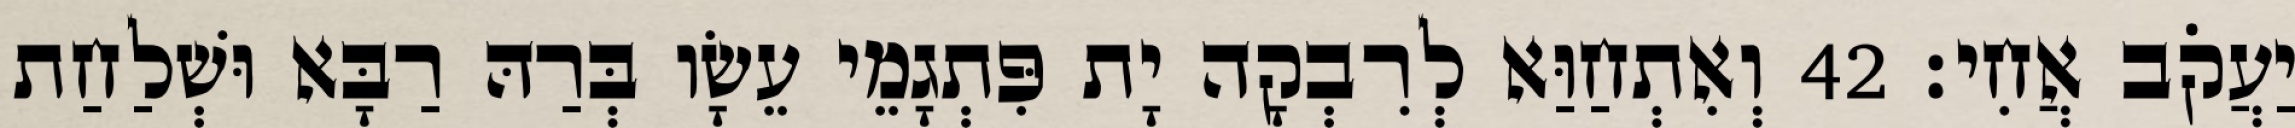
יַעֲקֹב אֲחִי׃ 42 וְאִתְחַוַּא לְרִבְקָה יָת פִּתְגָמֵי עֵשָׂו בְּרַהּ רַבָּא וּשְׁלַחַת